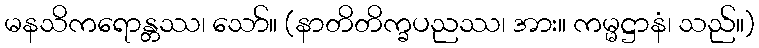
မနသိကရောန္တဿ၊ သော်။ (နာတိတိက္ခပညဿ၊ အား။ ကမ္မဋ္ဌာနံ၊ သည်။)